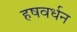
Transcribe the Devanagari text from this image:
हषवर्धन